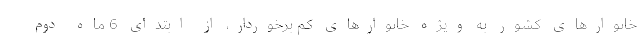
خانوارهای کشور به ویژه خانوارهای کم برخوردار، از ابتدای 6 ماه دوم